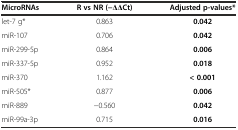
| MicroRNAs | R vs NR (-ΔΔCt) | Adjusted p-values* |
 | --- | --- | --- |
 | let-7 g* | 0.863 | 0.042 |
 | miR-107 | 0.706 | 0.042 |
 | miR-299-5p | 0.864 | 0.006 |
 | miR-337-5p | 0.952 | 0.018 |
 | miR-370 | 1.162 | < 0.001 |
 | miR-505* | 0.877 | 0.006 |
 | miR-889 | -0.560 | 0.042 |
 | miR-99a-3p | 0.715 | 0.016 |